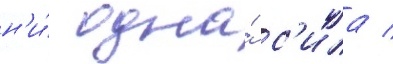
н'и́ одна́ с'ила /